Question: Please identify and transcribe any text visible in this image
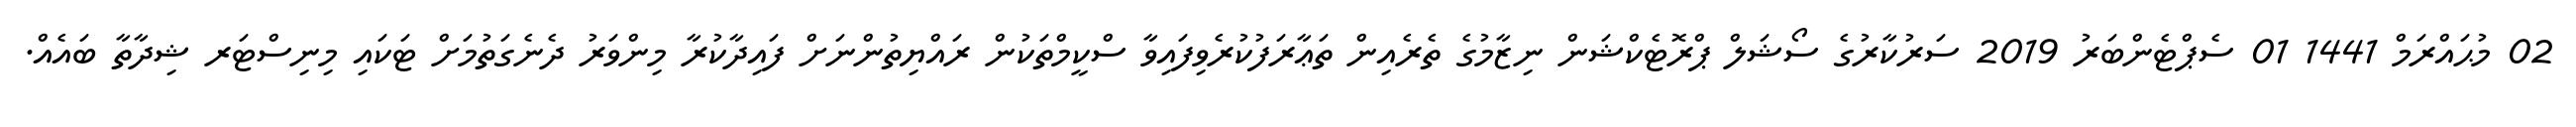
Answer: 02 މުޙައްރަމް 1441 01 ސެޕްޓެންބަރު 2019 ސަރުކާރުގެ ސޯޝަލް ޕްރޮޓެކްޝަން ނިޒާމުގެ ތެރެއިން ތަޢާރަފުކުރެވިފައިވާ ސްކީމްތަކުން ރައްޔިތުންނަށް ފައިދާކުރާ މިންވަރު ދެނެގަތުމަށް ޓަކައި މިނިސްޓަރ ޝިދާތާ ބައެއް.